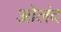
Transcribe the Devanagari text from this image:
ओलंद